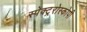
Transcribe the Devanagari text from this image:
स्पेक्ट्ररोस्कोपी